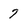
Character: 7